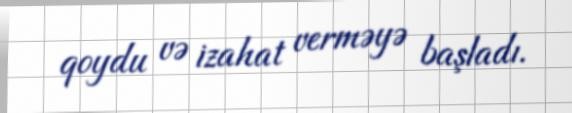
qoydu və izahat verməyə başladı.